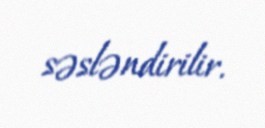
səsləndirilir.